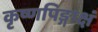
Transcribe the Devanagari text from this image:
कृष्णपिङ्गाक्षं